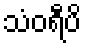
သံဝရီပိ